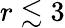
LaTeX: r\lesssim 3